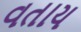
વતાય